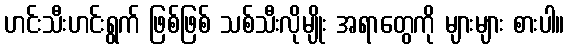
ဟင်းသီးဟင်းရွက် ဖြစ်ဖြစ် သစ်သီးလိုမျိုး အရာတွေကို များများ စားပါ။